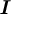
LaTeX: \boldsymbol { \mathit { I } }